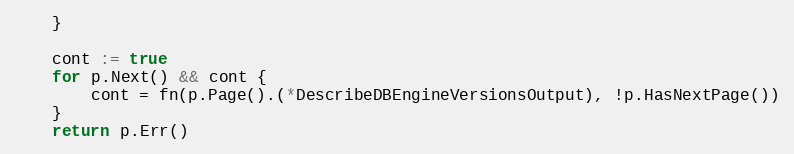
Language: Go
	}

	cont := true
	for p.Next() && cont {
		cont = fn(p.Page().(*DescribeDBEngineVersionsOutput), !p.HasNextPage())
	}
	return p.Err()